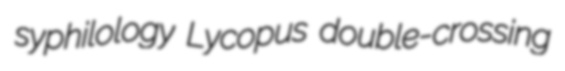
syphilology Lycopus double-crossing